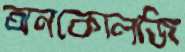
অনকোলজি